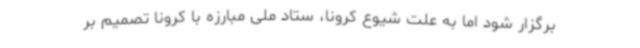
برگزار شود اما به علت شیوع کرونا، ستاد ملی مبارزه با کرونا تصمیم بر